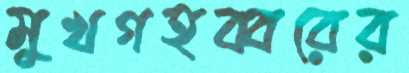
মুখগহব্বরের